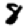
Digit: 8